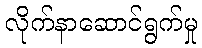
လိုက်နာဆောင်ရွက်မှု